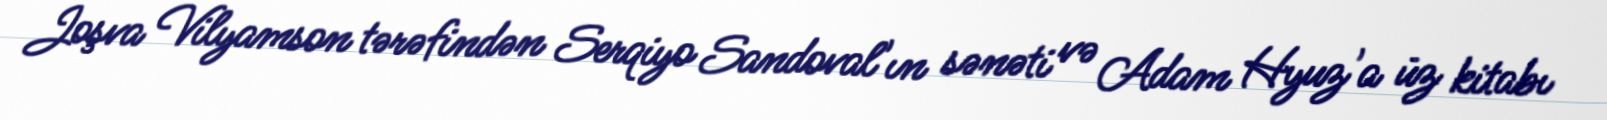
Joşva Vilyamson tərəfindən Serqiyo Sandoval'ın sənəti və Adam Hyuz'a üz kitabı